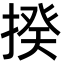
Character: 揆